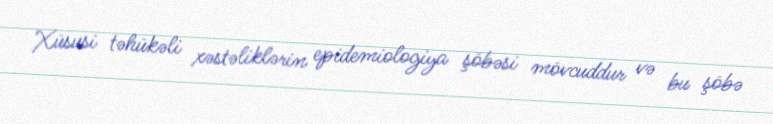
Xüsusi təhükəli xəstəliklərin epidemiologiya şöbəsi mövcuddur və bu şöbə